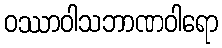
ဝဿာဝါသဘာဏဝါရော